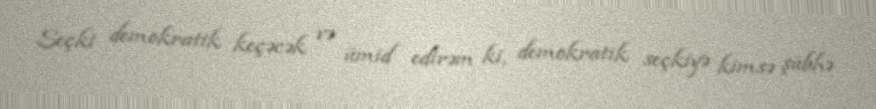
Seçki demokratik keçəcək və ümid edirəm ki, demokratik seçkiyə kimsə şübhə